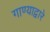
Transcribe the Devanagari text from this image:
गाण्याद्वारे